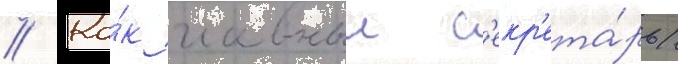
// Ка́к главныи с'екр'ета́рь